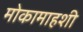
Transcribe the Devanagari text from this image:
मोकामाहशी